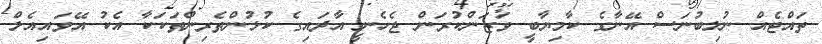
ތައްޓެއް ނުލިބުނަސް އޭނާގެ ކާމިޔާބީ ވަޒަންކުރަން ޖެހެނީ އާދައިގެ ކުޅުންތެރިންތަކަކާ އެކު އޭވައިއެލް